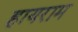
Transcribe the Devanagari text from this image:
हायराम